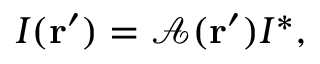
I ( { \bf r ^ { \prime } } ) = \mathcal { A } ( { \bf r ^ { \prime } } ) I ^ { * } ,